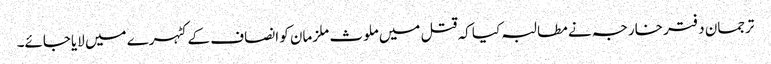
ترجمان دفتر خارجہ نے مطالبہ کیا کہ قتل میں ملوث ملزمان کو انصاف کے کٹہرے میں لایاجائے۔